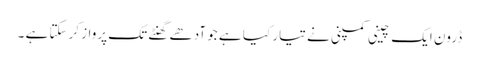
ڈرون ایک چینی کمپنی نے تیار کیا ہے جو آدھے گھنٹے تک پرواز کرسکتا ہے ۔